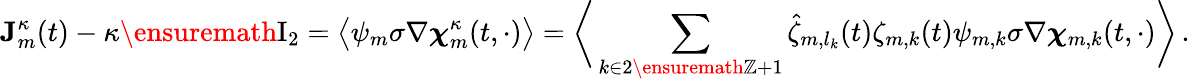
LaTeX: \mathbf{J}_{m}^{\kappa}(t)-\kappa\ensuremath{\mathrm{I}_{2}}=\bigl\langle\psi_{m}\sigma\nabla{\boldsymbol{\chi}}_{m}^{\kappa}(t,\cdot)\bigr\rangle=\biggl\langle\, \sum_{k\in 2\ensuremath{\mathbb{Z}}+1}\hat{\zeta}_{m,l_{k}}(t)\zeta_{m,k}(t)\psi_{m,k}\sigma\nabla{\boldsymbol{\chi}}_{m,k}(t,\cdot)\biggr\rangle\, .